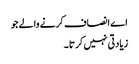
اے انصاف کرنے والے جو
زیادتی نہیں کرتا ۔